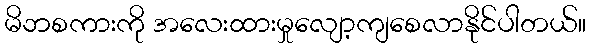
မိဘစကားကို အလေးထားမှုလျော့ကျစေလာနိုင်ပါတယ်။